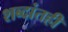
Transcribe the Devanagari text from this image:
शब्दांतही